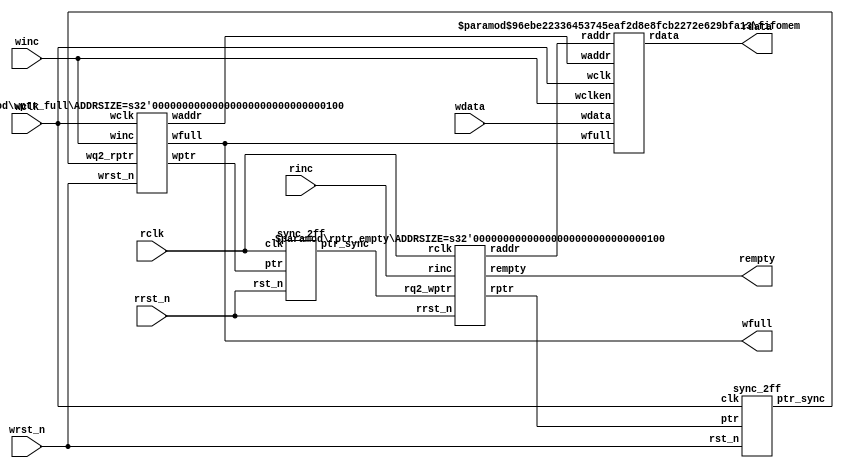
// -------------------------------------------------------
// Copyright (c) 2017 Cadence Design Systems, Inc.
//
// All rights reserved.
//
// Cadence Design Systems Proprietary and Confidential.
// -------------------------------------------------------

module fifo1 #(parameter DSIZE = 8, parameter ASIZE = 4)
    ( output [DSIZE-1:0] rdata,
      output wfull,
      output rempty,
      input [DSIZE-1:0] wdata,
      input winc, wclk, wrst_n,
      input rinc, rclk, rrst_n
    );

    wire [ASIZE-1:0] waddr, raddr;
    wire [ASIZE:0] wptr, rptr, wq2_rptr, rq2_wptr;

    //Synchronize read and write pointers
    sync_2ff sync_r2w (.ptr_sync(wq2_rptr), .ptr(rptr), .clk(wclk), .rst_n(wrst_n));
    sync_2ff sync_w2r (.ptr_sync(rq2_wptr), .ptr(wptr), .clk(rclk), .rst_n(rrst_n));

    fifomem #(DSIZE, ASIZE) fifomem (
        .rdata(rdata), .wdata(wdata),
        .waddr(waddr), .raddr(raddr),
        .wclken(winc), .wfull(wfull),
        .wclk(wclk)
    );

    rptr_empty #(ASIZE) read_control (
        .rempty(rempty),
        .raddr(raddr),
        .rptr(rptr), .rq2_wptr(rq2_wptr),
        .rinc(rinc), .rclk(rclk),
        .rrst_n(rrst_n)
    );

    wptr_full #(ASIZE) write_control (
        .wfull(wfull), .waddr(waddr),
        .wptr(wptr), .wq2_rptr(wq2_rptr),
        .winc(winc), .wclk(wclk),
        .wrst_n(wrst_n)
    );

endmodule


//Dual-port RAM

module fifomem #(parameter DATASIZE = 8, // Memory data word width
                 parameter ADDRSIZE = 4) // Number of mem address bits
    ( output [DATASIZE-1:0] rdata,
      input [DATASIZE-1:0] wdata,
      input [ADDRSIZE-1:0] waddr, raddr,
      input wclken, wfull, wclk
    );

    // RTL Verilog memory model
    localparam DEPTH = 1<<ADDRSIZE;
    reg [DATASIZE-1:0] mem [0:DEPTH-1];
    assign rdata = mem[raddr];
    always @(posedge wclk)
    if (wclken && !wfull) mem[waddr] <= wdata;

endmodule

//Read Control module

module rptr_empty #(parameter ADDRSIZE = 4)
    ( output reg rempty,
      output [ADDRSIZE-1:0] raddr,
      output reg [ADDRSIZE :0] rptr,
      input [ADDRSIZE :0] rq2_wptr,
      input rinc, rclk, rrst_n
    );

    reg [ADDRSIZE:0] rbin; //binary address - can be sent directly to the memory
    wire [ADDRSIZE:0] rgraynext, rbinnext;

    //-------------------
    // GRAY STYLE2 pointer
    //-------------------

    always @(posedge rclk or negedge rrst_n)
        if (!rrst_n) 
            {rbin, rptr} <= 0;
        else 
            {rbin, rptr} <= {rbinnext, rgraynext};

    // Memory read-address pointer 
    assign raddr = rbin[ADDRSIZE-1:0];
    assign rbinnext = rbin + (rinc & ~rempty);
    assign rgraynext = (rbinnext>>1) ^ rbinnext; //Gray code generation

    //---------------------------------------------------------------
    // FIFO empty when :
    //    1) On reset
    //    2) next read_ptr == synchronized write_ptr
    //---------------------------------------------------------------
    assign rempty_val = (rgraynext == rq2_wptr);
    always @(posedge rclk or negedge rrst_n)
        if (!rrst_n) 
            rempty <= 1'b1;
        else 
            rempty <= rempty_val;

endmodule

//Synchronizer for FIFO read pointer before sending to source domain

module sync_2ff #(parameter ADDRSIZE = 4)
    ( output reg [ADDRSIZE:0] ptr_sync,
      input [ADDRSIZE:0] ptr,
      input clk, rst_n
    );

    reg [ADDRSIZE:0] q1_ptr;

    always @(posedge clk or negedge rst_n)
    if (!rst_n) 
        {ptr_sync,q1_ptr} <= 0;
    else 
        {ptr_sync,q1_ptr} <= {q1_ptr,ptr};
endmodule

//Write Control Module

module wptr_full #(parameter ADDRSIZE = 4)
    ( output reg wfull,
      output [ADDRSIZE-1:0] waddr,
      output reg [ADDRSIZE :0] wptr,
      input [ADDRSIZE :0] wq2_rptr,
      input winc, wclk, wrst_n
    );

    reg [ADDRSIZE:0] wbin; //Binary address - can be sent directly to memory
    wire [ADDRSIZE:0] wgraynext, wbinnext;

    // GRAY pointer
    always @(posedge wclk or negedge wrst_n)
        if (!wrst_n) 
            {wbin, wptr} <= 0;
        else 
            {wbin, wptr} <= {wbinnext, wgraynext};

    // Memory write-address pointer
    assign waddr = wbin[ADDRSIZE-1:0];
    assign wbinnext = wbin + (winc & ~wfull);
    assign wgraynext = (wbinnext>>1) ^ wbinnext;

    //------------------------------------------------------------------
    // Simplified version of the three necessary full-tests:
    // assign wfull_val=((wgnext[ADDRSIZE] !=wq2_rptr[ADDRSIZE] ) &&
    // (wgnext[ADDRSIZE-1] !=wq2_rptr[ADDRSIZE-1]) &&
    // (wgnext[ADDRSIZE-2:0]==wq2_rptr[ADDRSIZE-2:0]));
    //------------------------------------------------------------------
    assign wfull_val = (wgraynext=={~wq2_rptr[ADDRSIZE:ADDRSIZE-1], wq2_rptr[ADDRSIZE-2:0]});

    always @(posedge wclk or negedge wrst_n)
        if (!wrst_n) 
            wfull <= 1'b0;
        else 
            wfull <= wfull_val;

endmodule